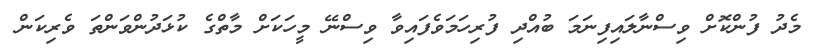
މެދު ފުންކޮށް ވިސްނާލައިފިނަމަ ބުއްދި ފުރިހަމަވެފައިވާ ވިސްނޭ މީހަކަށް މާތްގެ ކުޅަދުންވަންތަ ވެރިކަން